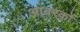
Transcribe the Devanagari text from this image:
आवरकों